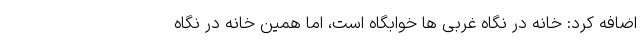
اضافه کرد: خانه در نگاه غربی ها خوابگاه است، اما همین خانه در نگاه